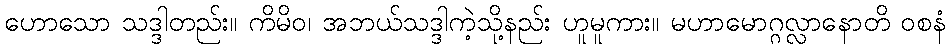
ဟောသော သဒ္ဒါတည်း။ ကိမိဝ၊ အဘယ်သဒ္ဒါကဲ့သို့နည်း ဟူမူကား။ မဟာမောဂ္ဂလ္လာနောတိ ဝစနံ